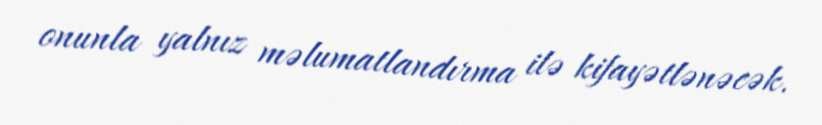
onunla yalnız məlumatlandırma ilə kifayətlənəcək.